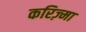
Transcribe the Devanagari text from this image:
करिज़्मा